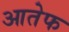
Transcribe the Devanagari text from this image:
आतेफ